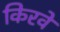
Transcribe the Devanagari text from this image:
किरवे